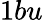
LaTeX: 1bu